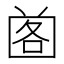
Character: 𡇷